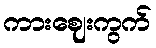
ကားဈေးကွက်